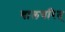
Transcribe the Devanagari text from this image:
बालचरित्